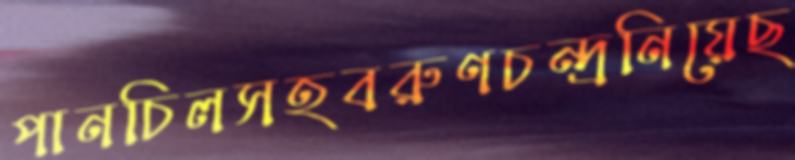
পানচিলসহবরুণচন্দ্রনিয়েছ